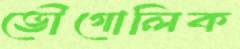
ভৌগোলিক